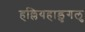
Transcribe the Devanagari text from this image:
हल्लियहाडुगलु